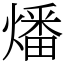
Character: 燔